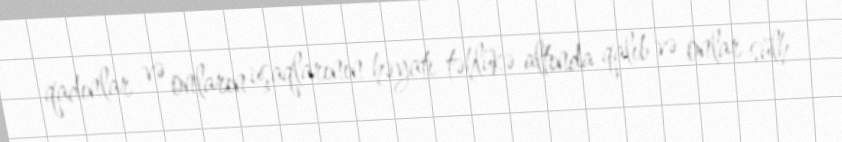
qadınlar və onların uşaqlarının həyatı təhlükə altında qalıb və onlar sülh